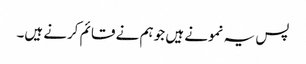
پس یہ نمونے ہیں جو ہم نے قائم کرنے ہیں۔